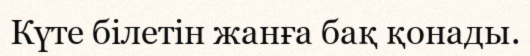
Күте білетін жанға бақ қонады.